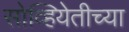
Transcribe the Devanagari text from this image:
सोव्हियेतीच्या